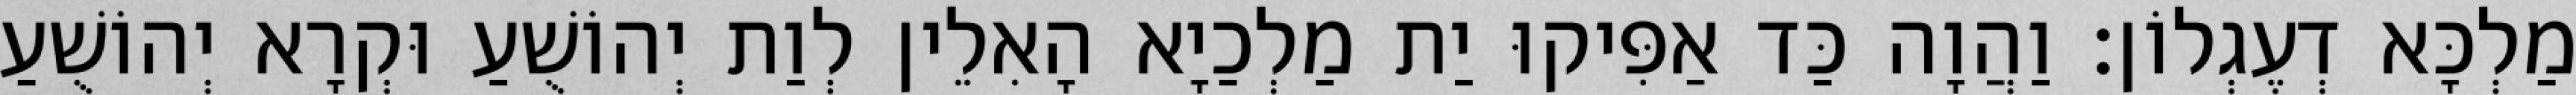
מַלְכָּא דְעֶגְלוֹן׃ וַהֲוָה כַּד אַפִּיקוּ יַת מַלְכַיָא הָאִלֵין לְוַת יְהוֹשֻׁעַ וּקְרָא יְהוֹשֻׁעַ